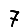
Digit: 7